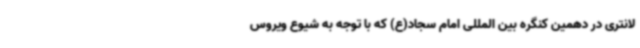
لانتری در دهمین کنگره بین المللی امام سجاد(ع) که با توجه به شیوع ویروس